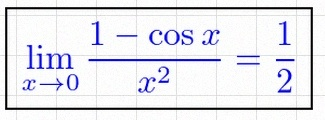
\lim_{x\to0}\frac{1-\cos x}{x^2}=\frac12